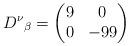
LaTeX: \begin{align*}D^\nu{}_\beta=\begin{pmatrix}9& 0 \\0 &-99\end{pmatrix}\end{align*}